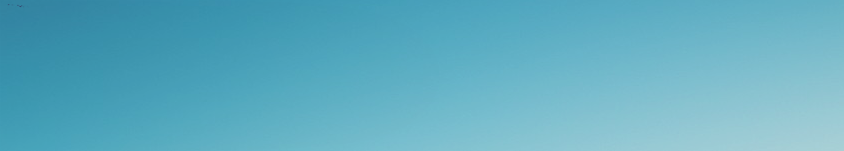
Try Our Pizza